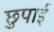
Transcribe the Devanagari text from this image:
छुपाई